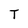
Character: T